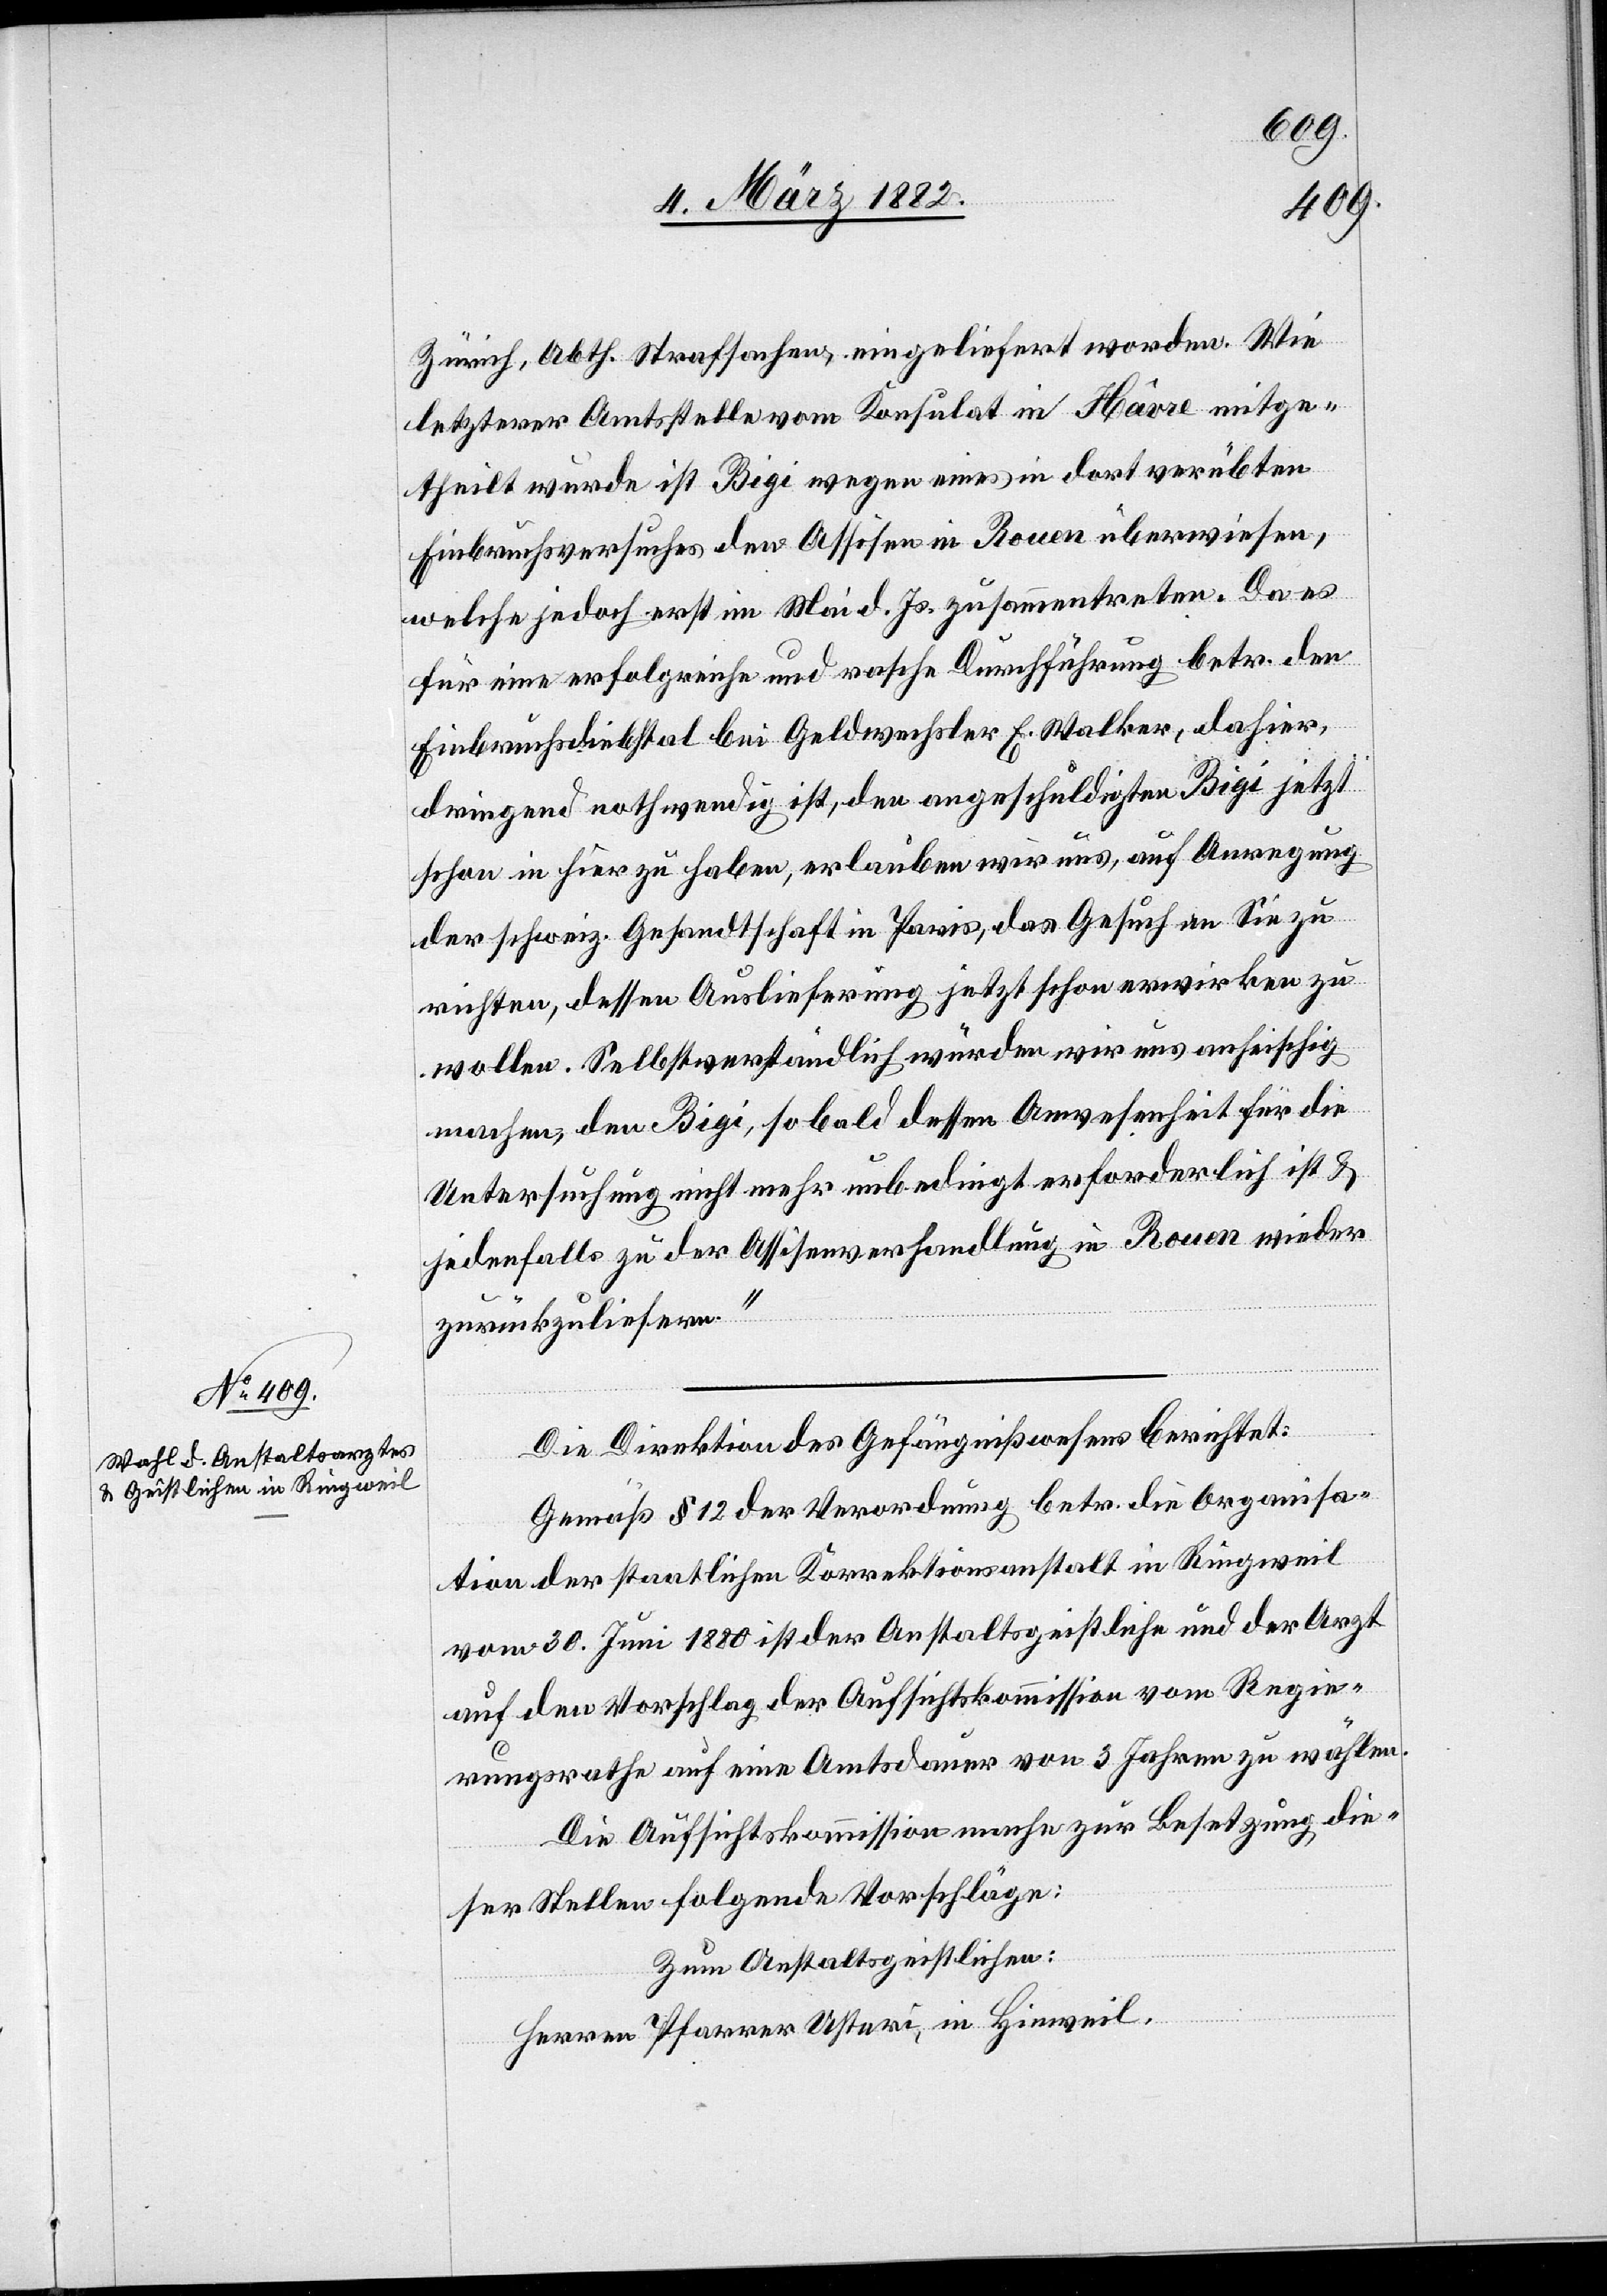
Zürich, Abth. Strafsachen, eingeliefert worden. Wie
letzterer Amtsstelle vom Konsulat in Hâvre mitge¬
theilt wurde ist Bigi wegen eines in dort verübten
Einbruchversuches den Assisen in Rouen überwiesen,
welche jedoch erst im Mai d. Js. zusammentreten. Da es
für eine erfolgreiche und rasche Durchführung betr. den
Einbruchsdiebstal bei Geldwechsler E. Walker, dahier,
dringend nothwendig ist, den angeschuldigten Bigi jetzt
schon in hier zu haben, erlauben wir uns, auf Anregung
der schweiz. Gesandtschaft in Paris, das Gesuch an Sie zu
richten, dessen Auslieferung jetzt schon erwirken zu
wollen. Selbstverständlich würden wir uns anheischig
machen, den Bigi, so bald dessen Anwesenheit für die
Untersuchung nicht mehr unbedingt erforderlich ist &
jedenfalls zu der Assisenverhandlung in Rouen wieder
zurückzuliefern.“
Die Direktion des Gefängnißwesens berichtet:
Gemäß § 12 der Verordnung betr. die Organisa¬
tion der staatlichen Korrektionsanstalt in Ringweil
vom 30. Juni 1880 ist der Anstaltsgeistliche und der Arzt
auf den Vorschlag der Aufsichtskommission vom Regie¬
rungsrath auf eine Amtsdauer von 3 Jahren zu wählen.
Die Aufsichtskommission macht zur Besetzung die¬
ser Stelle folgende Vorschläge:
Zum Anstaltsgeistlichen:
Herren Pfarrer Usteri, in Hinweil.